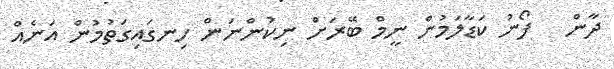
ދާން   ފޯނު ކަޑާލަމުން ނީމް ބޭރަށް ނިކުންނަން ހިނގައިގަތުމުން އަނެއް